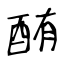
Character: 酭